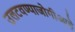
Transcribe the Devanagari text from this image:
उलटवण्याजोगीआहे